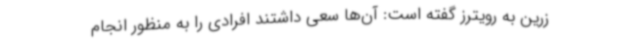
زرین به رویترز گفته است: آن‌ها سعی داشتند افرادی را به منظور انجام